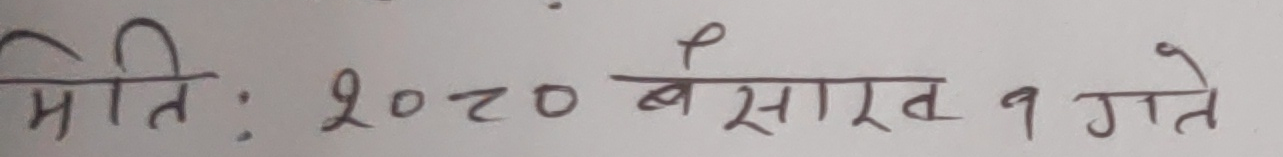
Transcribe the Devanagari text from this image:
मिति: २०८० बैसाख १ गते